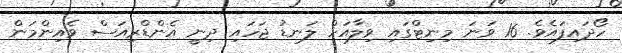
ހޯދައިފައެވެ. 16 ވަނަ މިނިޓްގައި ވިލާއަށް ލަނޑު ޖަހައި ދިނީ އެންޑްރިއަސް ވެއިންމަން